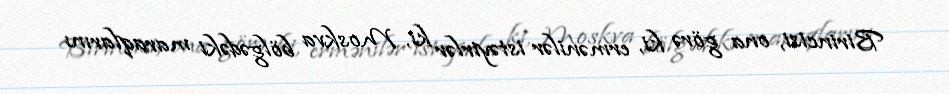
Birincisi, ona görə ki, ermənilər istəyirlər ki, Moskva bölgədəki maraqlarını